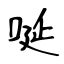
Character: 唌